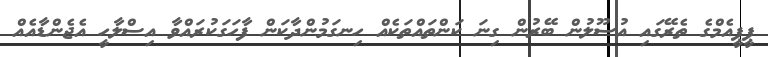
ޕީޕީއެމްގެ ތެރޭގައި އުސޫލުން ބޭރުން ގިނަ ކަންތައްތަކެއް ހިނގަމުންދާކަން ފާހަގަކުރައްވާ އިސްލާހީ އެޖެންޑާއެއް